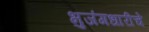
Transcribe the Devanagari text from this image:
भुजंगधारीचे